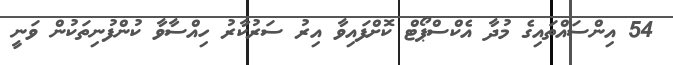
54 އިންސައްތައިގެ މުދާ އެކްސްޕޯޓް ކޮށްފައިވާ އިރު ސަރުކާރު ހިއްސާވާ ކުންފުނިތަކުން ވަނީ